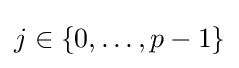
j\in \{0,\dots ,p-1\}